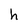
Character: h